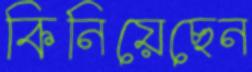
কিনিয়েছেন